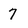
Character: 7